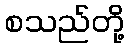
စသည်တို့